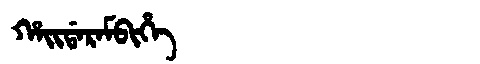
Manchu: ᡥᠠᡳᡩᠠᡵᠠᠮᠪᡳᡥᡝ
Romanization: HAIDARAMBIHE